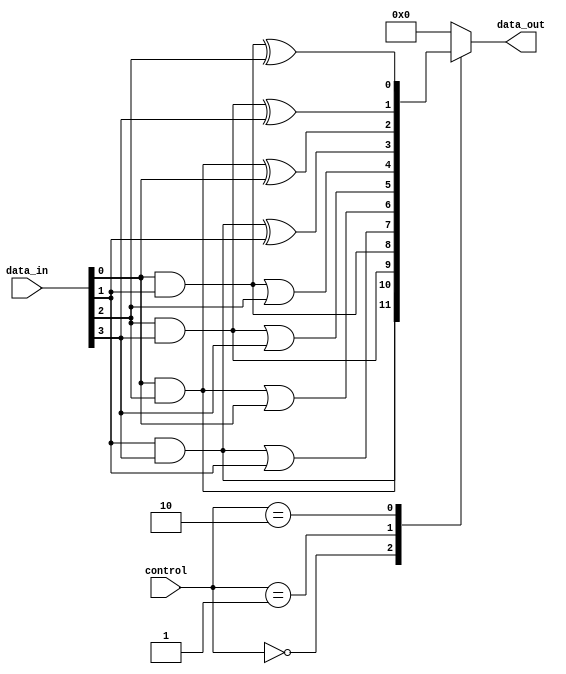
module adjacency_groups (
    input wire [3:0] data_in,      // 4 input signals (2x2 grid: a, b, c, d)
    input wire [1:0] control,       // Control signals for operation mode
    output reg [3:0] data_out       // Output signals after processing
);

    // Internal signals for adjacent groups
    wire group1; // Group: a, b
    wire group2; // Group: c, d
    wire group3; // Group: a, c
    wire group4; // Group: b, d

    // Grouping logic
    assign group1 = data_in[0] & data_in[1]; // AND operation for group (a, b)
    assign group2 = data_in[2] & data_in[3]; // AND operation for group (c, d)
    assign group3 = data_in[0] & data_in[2]; // AND operation for group (a, c)
    assign group4 = data_in[1] & data_in[3]; // AND operation for group (b, d)

    // Processing logic based on control signals
    always @(*) begin
        case (control)
            2'b00: begin
                // Output the result of AND operations
                data_out = {group4, group3, group2, group1};
            end
            2'b01: begin
                // Output the result of OR operations
                data_out = {group4 | data_in[1], group3 | data_in[0], group2 | data_in[3], group1 | data_in[2]};
            end
            2'b10: begin
                // Output the result of XOR operations
                data_out = {group4 ^ data_in[1], group3 ^ data_in[0], group2 ^ data_in[3], group1 ^ data_in[2]};
            end
            default: begin
                // Default case to avoid latches
                data_out = 4'b0000;
            end
        endcase
    end

endmodule